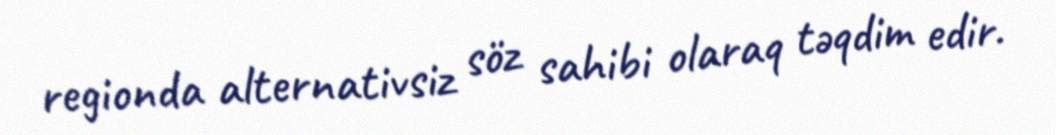
regionda alternativsiz söz sahibi olaraq təqdim edir.